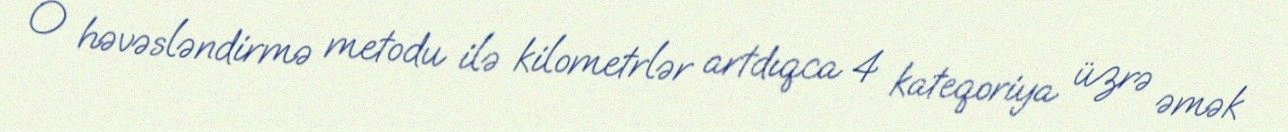
O həvəsləndirmə metodu ilə kilometrlər artdıqca 4 kateqoriya üzrə əmək